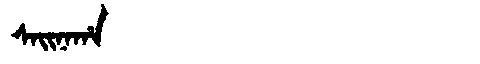
Manchu: ᠰᠠᡳᠨᠠᡥᠠ
Romanization: SAINAHA